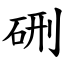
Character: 硎